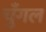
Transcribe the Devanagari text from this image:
चुँगल